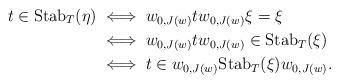
LaTeX: \begin{align*}t\in {\rm Stab}_{T}(\eta) &\iff w_{0,J(w)}t w_{0,J(w)}\xi = \xi \\&\iff w_{0,J(w)}t w_{0,J(w)} \in {\rm Stab}_{T}(\xi) \\&\iff t \in w_{0,J(w)}{\rm Stab}_{T}(\xi)w_{0,J(w)}.\end{align*}